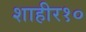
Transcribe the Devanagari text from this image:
शाहीर१०